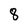
Character: 8